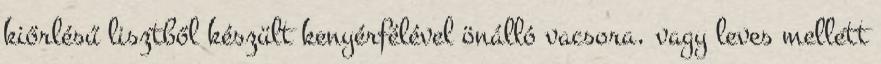
kiőrlésű lisztből készült kenyérfélével önálló vacsora, vagy leves mellett